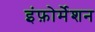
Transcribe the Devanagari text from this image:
इंफ़ोर्मेशन